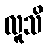
လူသိ